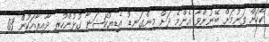
ކޯހަށް ވަނުމަށް ބޭނުންވާ އެންމެ ދަށް މިންގަނޑު އެޑިޔުކޭޝަނާ ގުޅުންހުރި ދާއިރާއަކުން 03